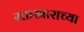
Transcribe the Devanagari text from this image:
रक्तस्राराच्या